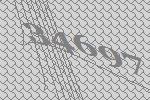
34697